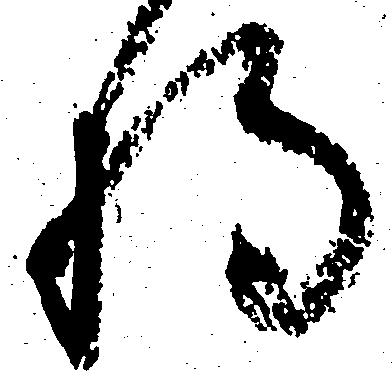
将